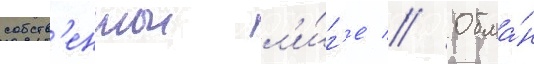
собств'еннои л'и́г'е // Обма́н